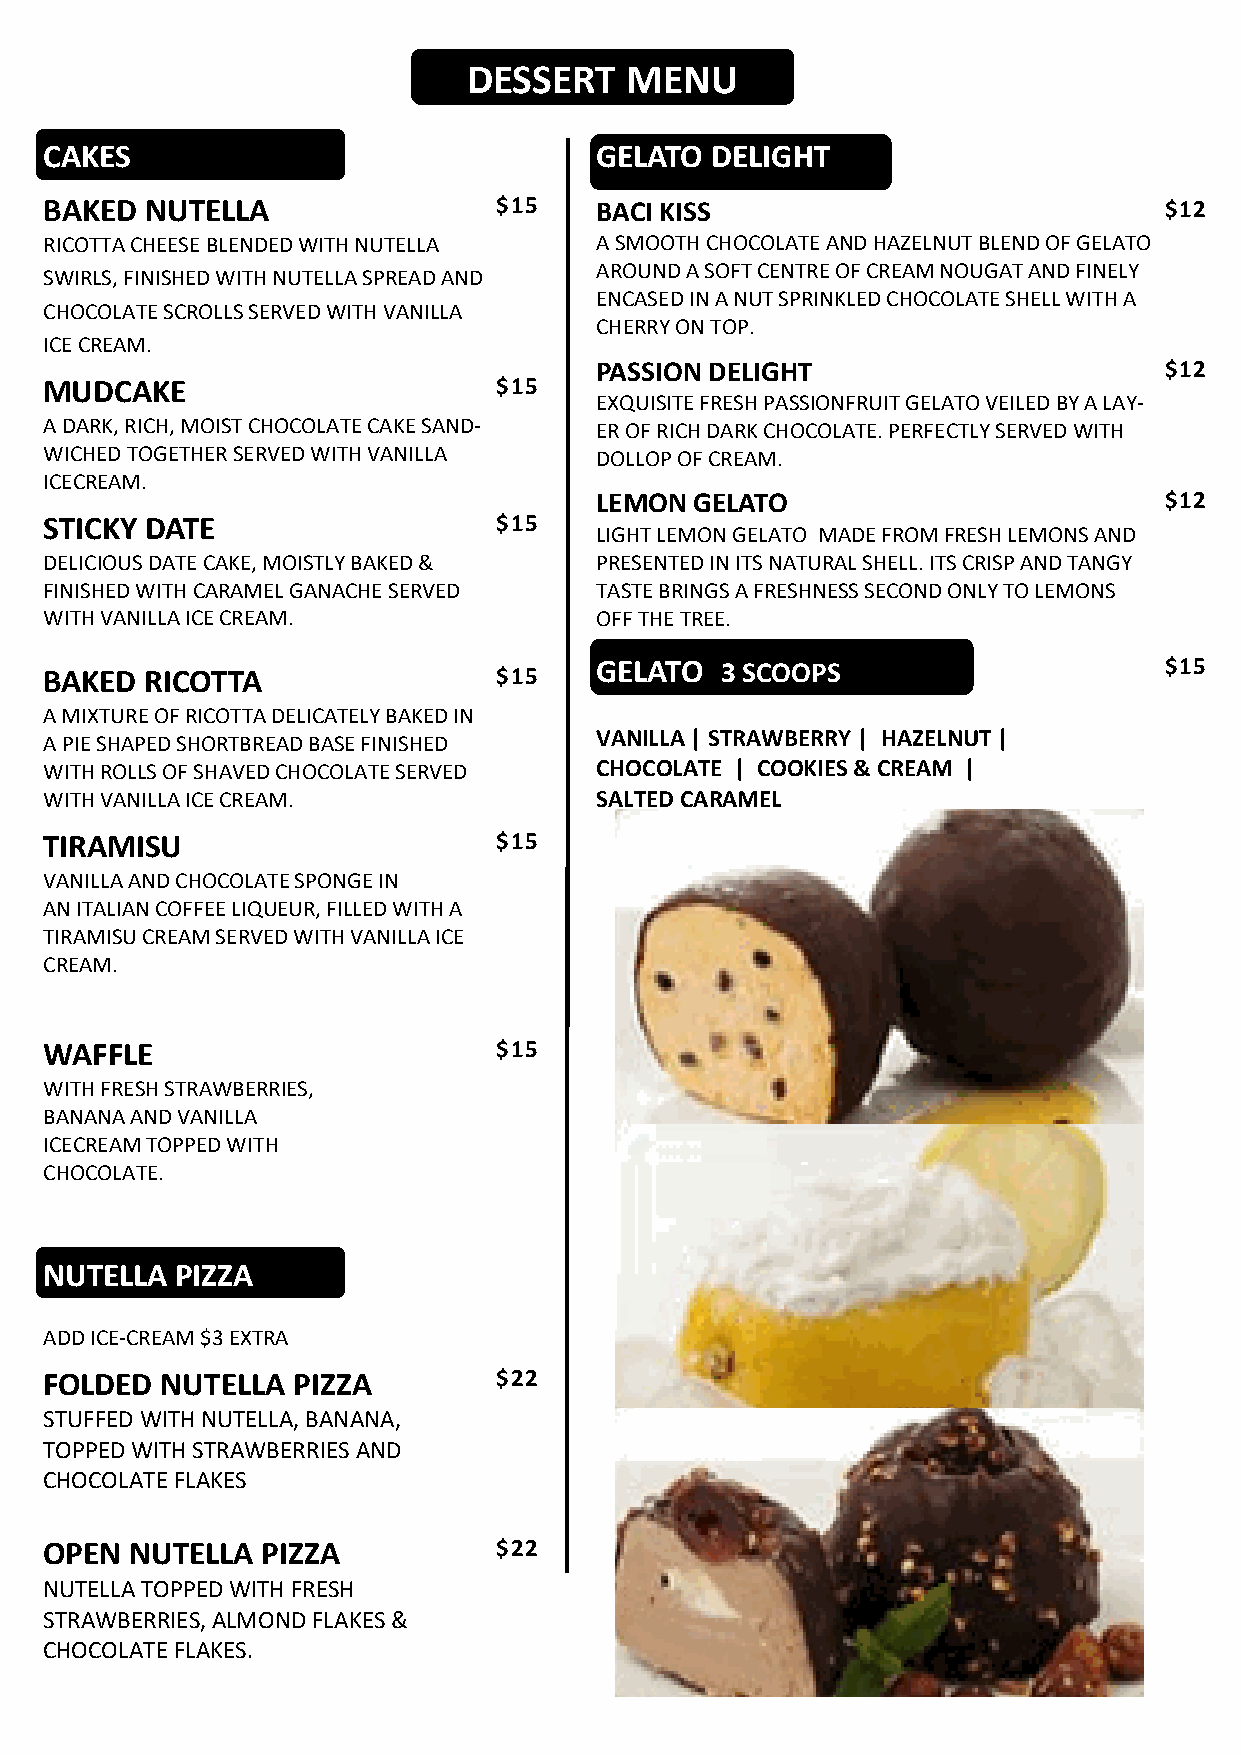
DESSERT   MENU
 CAKES                               GELATO  DELIGHT
 BAKED  NUTELLA                $15   BACI KISS                             $12
 RICOTTA CHEESE BLENDED WITH NUTELLA A SMOOTH CHOCOLATE AND HAZELNUT BLEND OF GELATO
 AROUND A SOFT CENTRE OF CREAM NOUGAT AND FINELY
 SWIRLS, FINISHED WITH NUTELLA SPREAD AND
 ENCASED IN A NUT SPRINKLED CHOCOLATE SHELL WITH A
 CHOCOLATE SCROLLS SERVED WITH VANILLA
 CHERRY ON TOP.
 ICE CREAM.
 PASSION DELIGHT                       $12
 MUDCAKE                       $15
 EXQUISITE FRESH PASSIONFRUIT GELATO VEILED BY A LAY-
 A DARK, RICH, MOIST CHOCOLATE CAKE SAND- ER OF RICH DARK CHOCOLATE. PERFECTLY SERVED WITH
 WICHED TOGETHER SERVED WITH VANILLA DOLLOP OF CREAM.
 ICECREAM.
 LEMON  GELATO                         $12
 STICKY DATE                   $15
 LIGHT LEMON GELATO MADE FROM FRESH LEMONS AND
 DELICIOUS DATE CAKE, MOISTLY BAKED & PRESENTED IN ITS NATURAL SHELL. ITS CRISP AND TANGY
 FINISHED WITH CARAMEL GANACHE SERVED TASTE BRINGS A FRESHNESS SECOND ONLY TO LEMONS
 WITH VANILLA ICE CREAM.             OFF THE TREE.
 BAKED  RICOTTA                $15   GELATO   3 SCOOPS                     $15
 A MIXTURE OF RICOTTA DELICATELY BAKED IN
 VANILLA | STRAWBERRY | HAZELNUT |
 A PIE SHAPED SHORTBREAD BASE FINISHED
 WITH ROLLS OF SHAVED CHOCOLATE SERVED CHOCOLATE | COOKIES & CREAM |
 WITH VANILLA ICE CREAM.             SALTED CARAMEL
 TIRAMISU                      $15
 VANILLA AND CHOCOLATE SPONGE IN
 AN ITALIAN COFFEE LIQUEUR, FILLED WITH A
 TIRAMISU CREAM SERVED WITH VANILLA ICE
 CREAM.
 WAFFLE                        $15
 WITH FRESH STRAWBERRIES,
 BANANA AND VANILLA
 ICECREAM TOPPED WITH
 CHOCOLATE.
 NUTELLA  PIZZA
 ADD ICE-CREAM $3 EXTRA
 FOLDED  NUTELLA PIZZA         $22
 STUFFED WITH NUTELLA, BANANA,
 TOPPED WITH STRAWBERRIES AND
 CHOCOLATE FLAKES
 OPEN  NUTELLA PIZZA           $22
 NUTELLA TOPPED WITH FRESH
 STRAWBERRIES, ALMOND FLAKES &
 CHOCOLATE FLAKES.